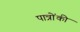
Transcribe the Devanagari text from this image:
पात्रोंकी